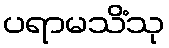
ပရာမသိံသု